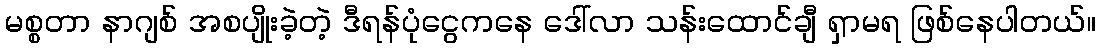
မစ္စတာ နာဂျစ် အစပျိုးခဲ့တဲ့ ဒီရန်ပုံငွေကနေ ဒေါ်လာ သန်းထောင်ချီ ရှာမရ ဖြစ်နေပါတယ်။